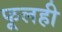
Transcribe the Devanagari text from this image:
फूलही